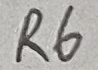
Text: R6